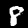
Label: 8